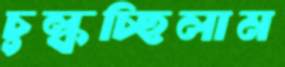
চুল্‌কচ্ছিলাম